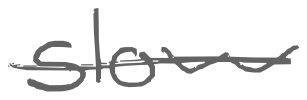
Text: slow
Cross-out: single-line
Writing tool: digital_gray